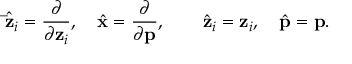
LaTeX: { \hat { \bf { \bar { z } } } } _ { i } = \frac { \partial } { \partial { \bf z } _ { i } } , \quad { \hat { \bf x } } = \frac { \partial } { \partial { \bf p } } , \quad \quad { \hat { \bf { z } } } _ { i } = { \bf z } _ { i } , \quad { \hat { \bf p } } = { \bf p } .